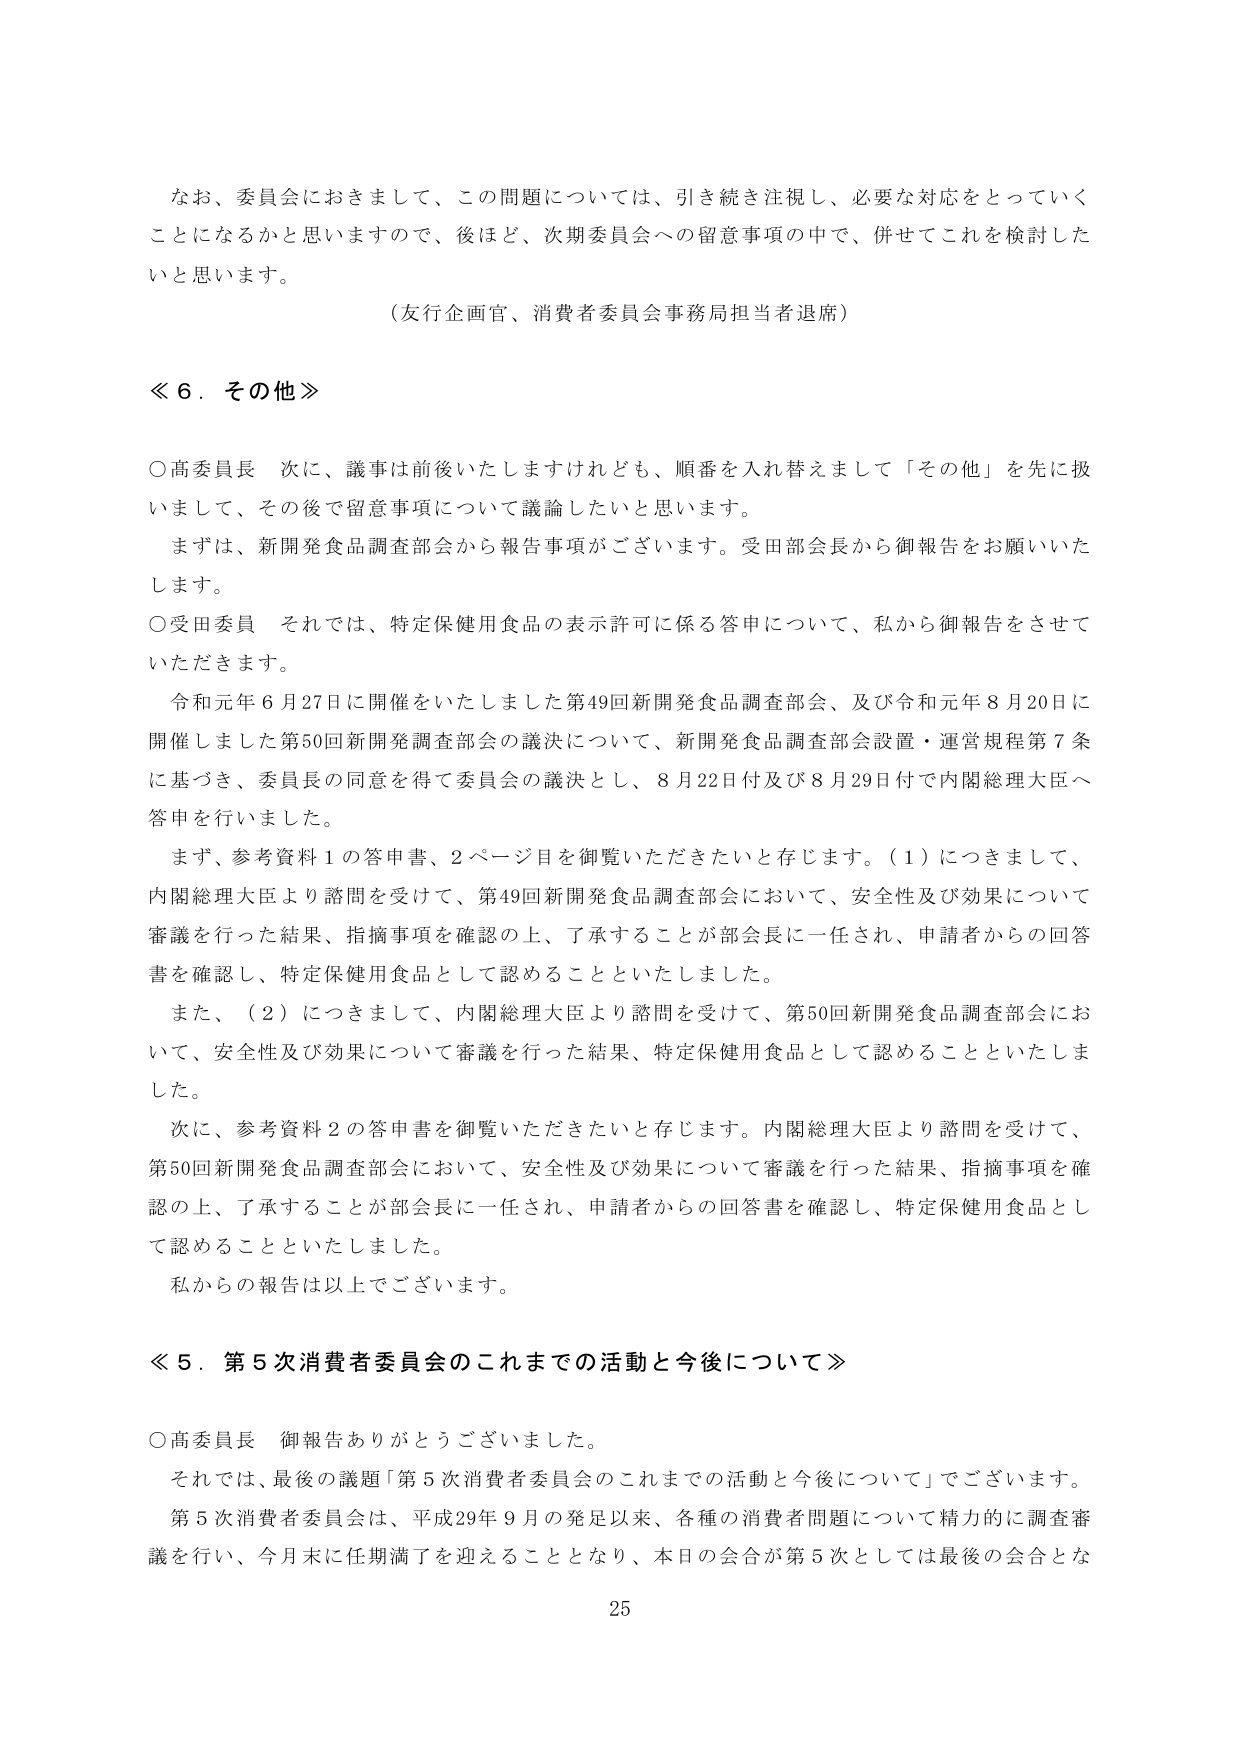
なお、委員会におきまして、この問題については、引き続き注視し、必要な対応をとっていくことになるかと思いますので、後ほど、次期委員会への留意事項の中で、併せてこれを検討したいと思います。

（友行企画官、消費者委員会事務局担当者退席）

≪６．その他≫

○高委員長　次に、議事は前後いたしますけれども、順番を入れ替えまして「その他」を先に扱いまして、その後で留意事項について議論したいと思います。

　まずは、新開発食品調査部会から報告事項がございます。受田部会長から御報告をお願いいたします。

○受田委員　それでは、特定保健用食品の表示許可に係る答申について、私から御報告をさせていただきます。

　令和元年６月27日に開催をいたしました第49回新開発食品調査部会、及び令和元年８月20日に開催しました第50回新開発調査部会の議決について、新開発食品調査部会設置・運営規程第７条に基づき、委員長の同意を得て委員会の議決とし、８月22日付及び８月29日付で内閣総理大臣へ答申を行いました。

　まず、参考資料１の答申書、２ページ目を御覧いただきたいと存じます。（１）につきまして、内閣総理大臣より諮問を受けて、第49回新開発食品調査部会において、安全性及び効果について審議を行った結果、指摘事項を確認の上、了承することが部会長に一任され、申請者からの回答書を確認し、特定保健用食品として認めることがといたしました。

　また、（２）につきまして、内閣総理大臣より諮問を受けて、第50回新開発食品調査部会において、安全性及び効果について審議を行った結果、特定保健用食品として認めることがといたしました。

　次に、参考資料２の答申書を御覧いただきたいと存じます。内閣総理大臣より諮問を受けて、第50回新開発食品調査部会において、安全性及び効果について審議を行った結果、指摘事項を確認の上、了承することが部会長に一任され、申請者からの回答書を確認し、特定保健用食品として認めることがといたしました。

　私からの報告は以上でございます。

≪５．第５次消費者委員会のこれまでの活動と今後について≫

○高委員長　御報告ありがとうございました。

　それでは、最後の議題「第５次消費者委員会のこれまでの活動と今後について」でございます。

　第５次消費者委員会は、平成29年９月の発足以来、各種の消費者問題について精力的に調査審議を行い、今月末に任期満了を迎えることとなり、本日の会合が第５次としては最後の会合とな

25